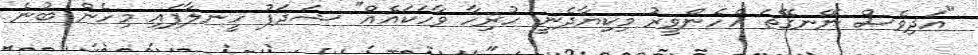
"އަދިވެސް ނޭނގޭތަ އެހެންވީރު މިކިޔާދެނީ ހުރިހާ ވާހަކައެއް" ޝަދަފު ހީނލާފައި މިހެން ބުނެ